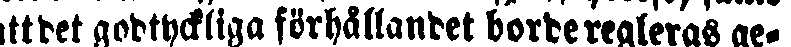
attdet godtyckliga förhållandet borderegleras ge-